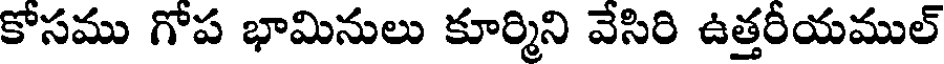
కోసము గోప భామినులు కూర్మిని వేసిరి ఉత్తరీయముల్